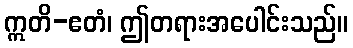
ဣတိ-ဧတံ၊ ဤတရားအပေါင်းသည်။